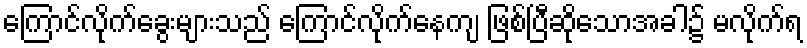
ကြောင်လိုက်ခွေးများသည် ကြောင်လိုက်နေကျ ဖြစ်ပြီဆိုသောအခါ၌ မလိုက်ရ